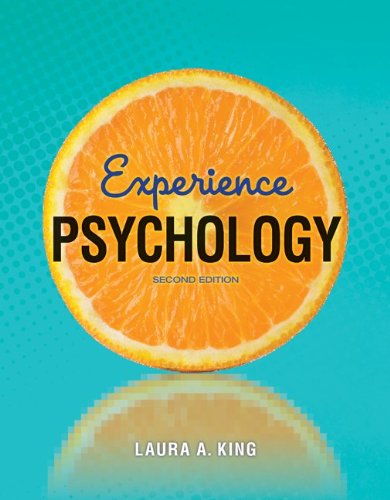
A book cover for Experience Psychology; Laura King; Medical Books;